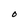
Character: O